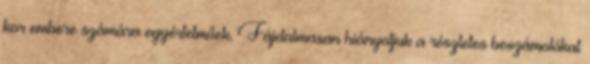
kor embere számára egyértelműek. Fájdalmasan hiányoljuk a részletes beszámolókat